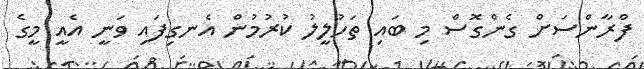
ފްރާންސަށް ގެންގޮސް މި ބައި ތަހުލީލު ކުރުމުން އެނގިފައި ވަނީ އެއީ މީގެ